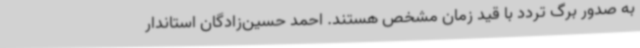
به صدور برگ تردد با قید زمان مشخص هستند. احمد حسین‌زادگان استاندار